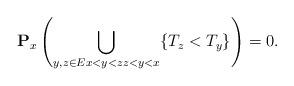
LaTeX: \begin{align*}\mathbf{P}_x\left(\bigcup_{y,z\in E x<y<zz<y<x} \{T_z< T_y\} \right)=0. \end{align*}